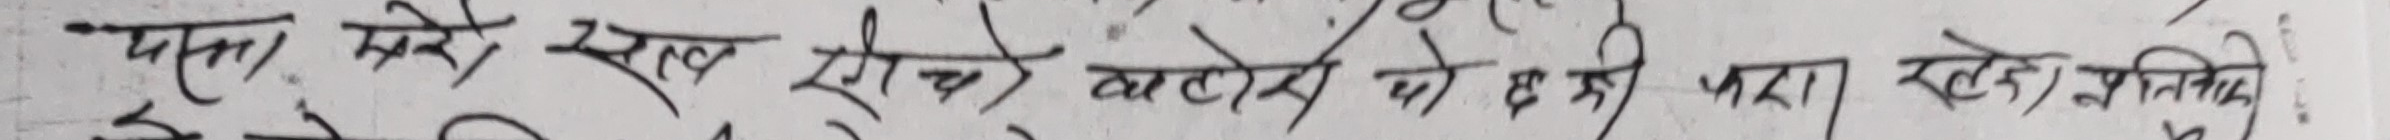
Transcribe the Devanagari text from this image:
पहिला मध्ये खल ऐचे चाढोसोको 8 नी पारा रहले प्रतिनी